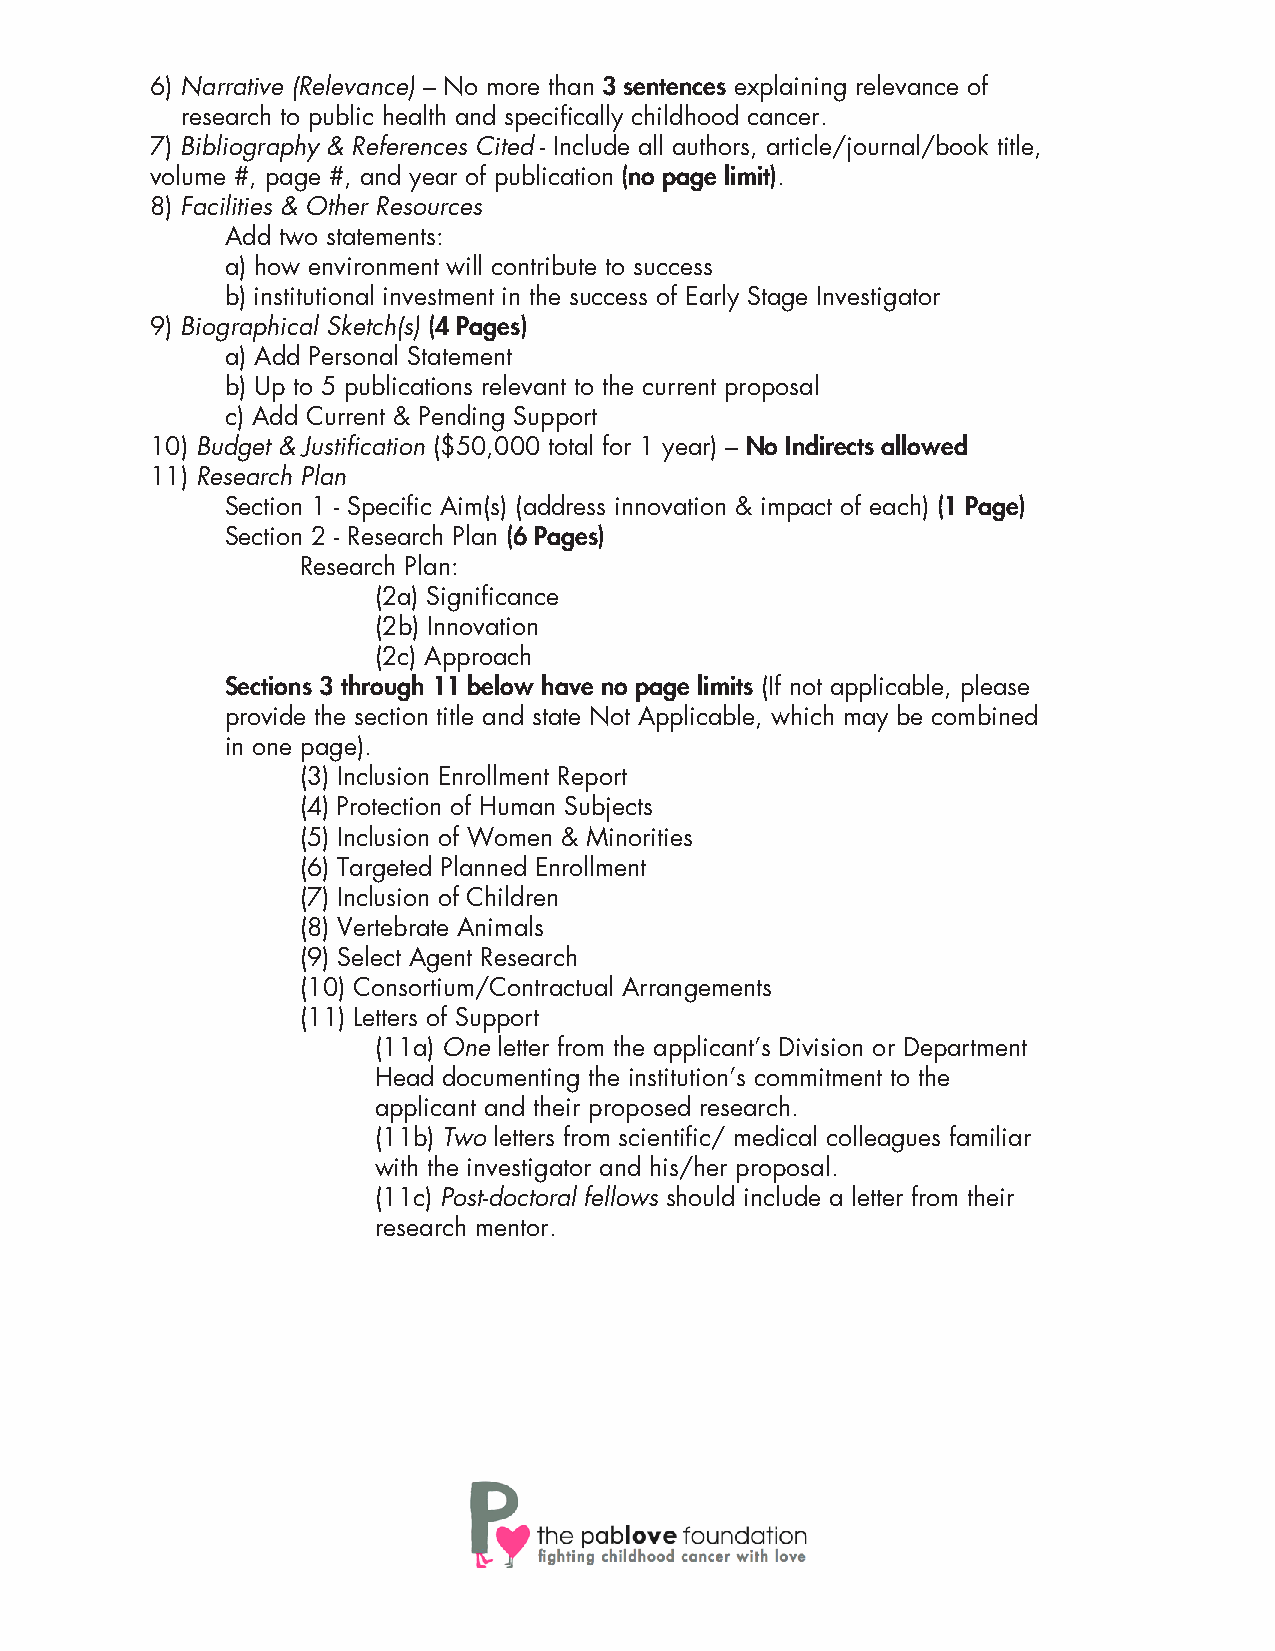
6) Narrative (Relevance) – No more than 3 sentences explaining relevance of
 research to public health and specifically childhood cancer.
 7) Bibliography & References Cited - Include all authors, article/journal/book title,
 volume #, page #, and year of publication (no page limit).
 8) Facilities & Other Resources
 Add two statements:
 a) how environment will contribute to success
 b) institutional investment in the success of Early Stage Investigator
 9) Biographical Sketch(s) (4 Pages)
 a) Add Personal Statement
 b) Up to 5 publications relevant to the current proposal
 c) Add Current & Pending Support
 10) Budget & Justification ($50,000 total for 1 year) – No Indirects allowed
 11) Research Plan
 Section 1 - Specific Aim(s) (address innovation & impact of each) (1 Page)
 Section 2 - Research Plan (6 Pages)
 Research Plan:
 (2a) Significance
 (2b) Innovation
 (2c) Approach
 Sections 3 through 11 below have no page limits (If not applicable, please
 provide the section title and state Not Applicable, which may be combined
 in one page).
 (3) Inclusion Enrollment Report
 (4) Protection of Human Subjects
 (5) Inclusion of Women & Minorities
 (6) Targeted Planned Enrollment
 (7) Inclusion of Children
 (8) Vertebrate Animals
 (9) Select Agent Research
 (10) Consortium/Contractual Arrangements
 (11) Letters of Support
 (11a) One letter from the applicant’s Division or Department
 Head documenting the institution’s commitment to the
 applicant and their proposed research.
 (11b) Two letters from scientific/ medical colleagues familiar
 with the investigator and his/her proposal.
 (11c) Post-doctoral fellows should include a letter from their
 research mentor.